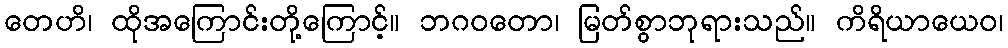
တေဟိ၊ ထိုအကြောင်းတို့ကြောင့်။ ဘဂဝတော၊ မြတ်စွာဘုရားသည်။ ကိရိယာယေဝ၊